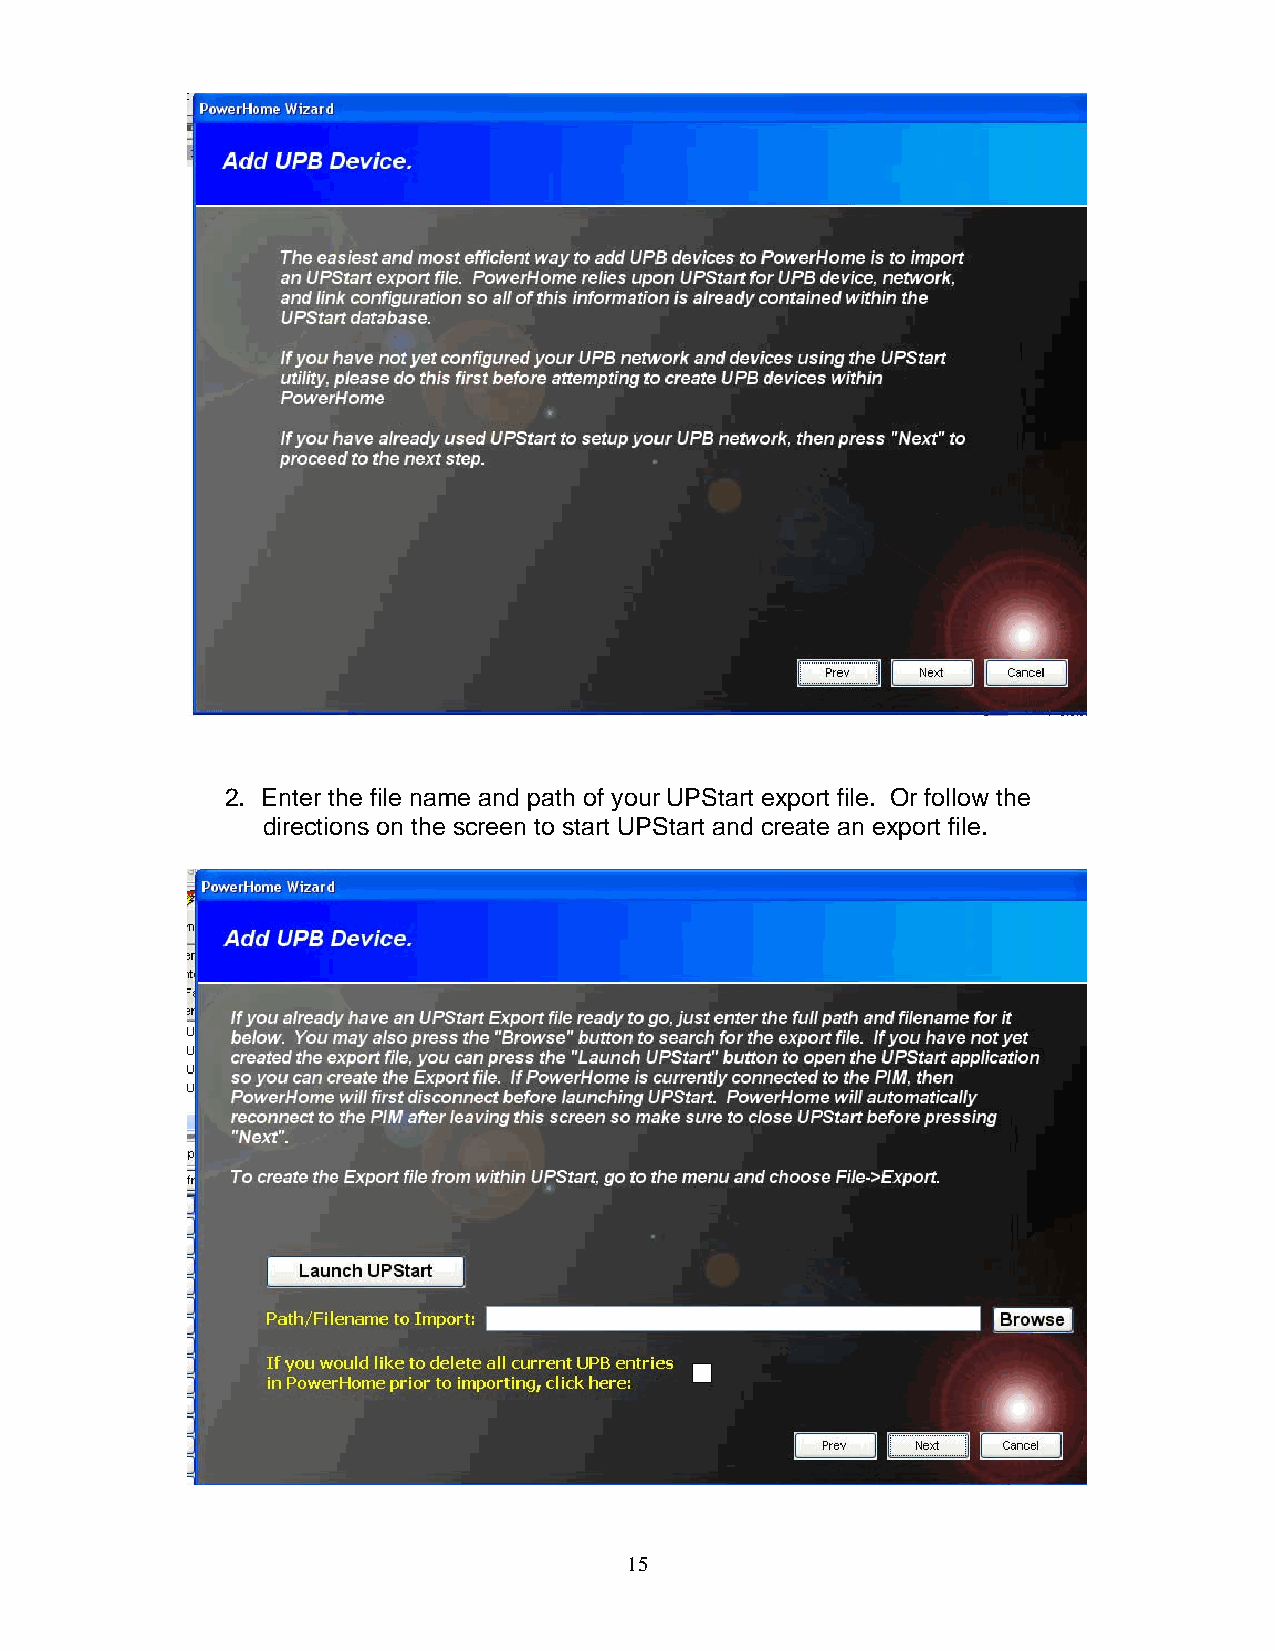
2. Enter the file name and path of your UPStart export file. Or follow the
 directions on the screen to start UPStart and create an export file.
 15